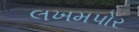
લખમપોર